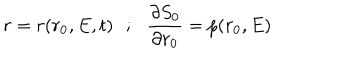
r = r ( r _ { 0 } , E , t ) \: \: \: ; \: \: \: \frac { \partial S _ { 0 } } { \partial r _ { 0 } } = p ( r _ { 0 } , E )